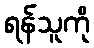
ရန်သူကို